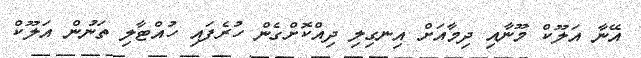
އޭނާ އަލޫކް މޫނާއި ދިމާއަށް އިނގިލި ދިއްކޮށްގެން ހުރެފައި ހުއްޓާލި ތަނުން އަލޫކް